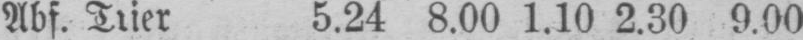
Abf. Trier 5.24 8.00 1.10 2.30 9.00